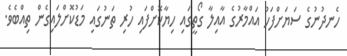
ހެނދުނުގެ ސަޔަށްފަހު އައްމާރުގެ އާއިލާ ގޯތީގައި ހިޔާކޮށްފައި ހުރި ތަނުގައި މަޑުކޮށްލައިގެން ތިއްބެވެ.